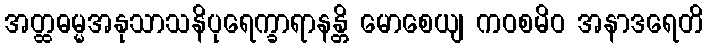
အတ္ထဓမ္မအနုသာသနိပုရေက္ခာရာနန္တိ မောစေယျ ကဝစမိဝ အနာဒရေတိ